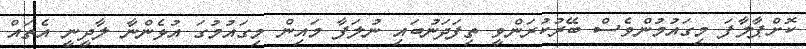
ކޮށްޕާލާފަ މިގައުމުންވެސް ބޭރުކުރަންވީ ތިފަދަނުބައި ނުލަފާ މައިން މިގައުމުގަ އުޅެންނާ ލާދީނީ އެތައް